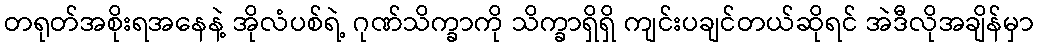
တရုတ်အစိုးရအနေနဲ့ အိုလံပစ်ရဲ့ ဂုဏ်သိက္ခာကို သိက္ခာရှိရှိ ကျင်းပချင်တယ်ဆိုရင် အဲဒီလိုအချိန်မှာ